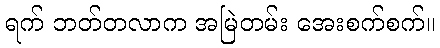
ရက် ဘတ်တလာက အမြဲတမ်း အေးစက်စက်။